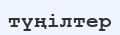
түңілтер